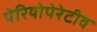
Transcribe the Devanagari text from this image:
पेरियोपेरेटीव